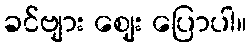
ခင်ဗျား ဈေး ပြောပါ။